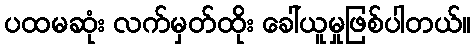
ပထမဆုံး လက်မှတ်ထိုး ခေါ်ယူမှုဖြစ်ပါတယ်။